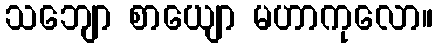
သဘျော စာယျော မဟာကုလော။